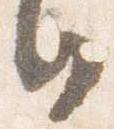
日